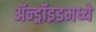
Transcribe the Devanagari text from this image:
ॲन्ड्रॉइडमध्ये